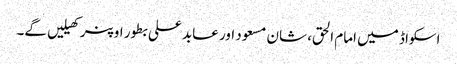
اسکواڈ میں امام الحق، شان مسعود اور عابد علی بطور اوپنر کھیلیں گے۔